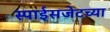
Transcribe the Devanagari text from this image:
स्पाईसजेटच्या